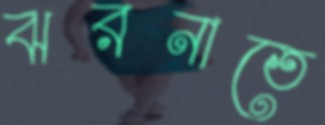
ঝরনাতে